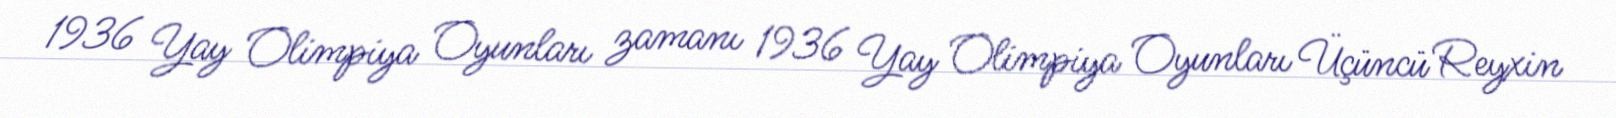
1936 Yay Olimpiya Oyunları zamanı 1936 Yay Olimpiya Oyunları Üçüncü Reyxin